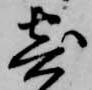
寄